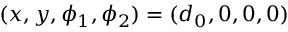
( x , y , \phi _ { 1 } , \phi _ { 2 } ) = ( d _ { 0 } , 0 , 0 , 0 )